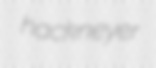
hackneyer